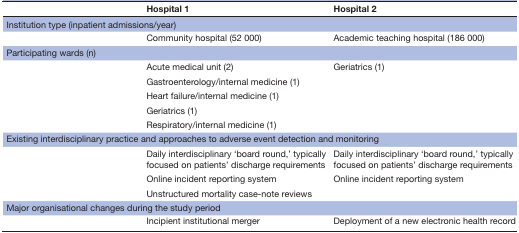
<table><thead><tr><td></td><td><b>Hospital 1</b></td><td><b>Hospital 2</b></td></tr></thead><tbody><tr><td colspan="3">Institution type (inpatient admissions/year)</td></tr><tr><td></td><td>Community hospital (52 000)</td><td>Academic teaching hospital (186 000)</td></tr><tr><td colspan="3">Participating wards (n)</td></tr><tr><td rowspan="5"></td><td>Acute medical unit (2)</td><td rowspan="5">Geriatrics (1)</td></tr><tr><td>Gastroenterology/internal medicine (1)</td></tr><tr><td>Heart failure/internal medicine (1)</td></tr><tr><td>Geriatrics (1)</td></tr><tr><td>Respiratory/internal medicine (1)</td></tr><tr><td colspan="3">Existing interdisciplinary practice and approaches to adverse event detection and monitoring</td></tr><tr><td rowspan="3"></td><td>Daily interdisciplinary ‘board round,’ typically focused on patients’ discharge requirements</td><td>Daily interdisciplinary ‘board round,’ typically focused on patients’ discharge requirements</td></tr><tr><td>Online incident reporting system</td><td rowspan="2">Online incident reporting system</td></tr><tr><td>Unstructured mortality case-note reviews</td></tr><tr><td colspan="3">Major organisational changes during the study period</td></tr><tr><td></td><td>Incipient institutional merger</td><td>Deployment of a new electronic health record</td></tr></tbody></table>